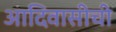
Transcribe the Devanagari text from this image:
आदिवासीची